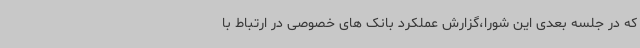
که در جلسه بعدی این شورا،گزارش عملکرد بانک های خصوصی در ارتباط با